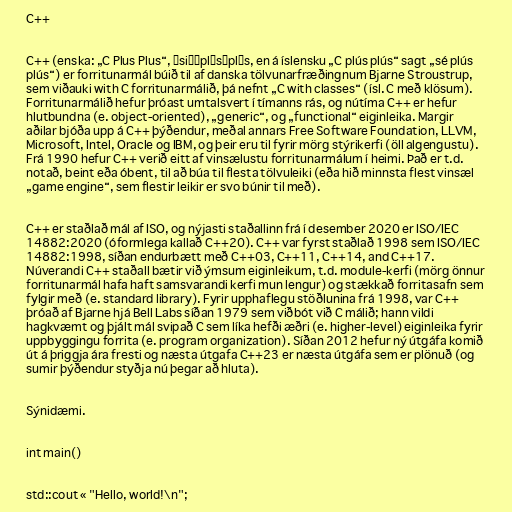
C++

C++ (enska: „C Plus Plus“, ˌsiːˌplʌsˈplʌs, en á íslensku „C plús plús“ sagt „sé plús
plús“) er forritunarmál búið til af danska tölvunarfræðingnum Bjarne Stroustrup,
sem viðauki with C forritunarmálið, þá nefnt „C with classes“ (ísl. C með klösum).
Forritunarmálið hefur þróast umtalsvert í tímanns rás, og nútíma C++ er hefur
hlutbundna (e. object-oriented), „generic“, og „functional“ eiginleika. Margir
aðilar bjóða upp á C++ þýðendur, meðal annars Free Software Foundation, LLVM,
Microsoft, Intel, Oracle og IBM, og þeir eru til fyrir mörg stýrikerfi (öll algengustu).
Frá 1990 hefur C++ verið eitt af vinsælustu forritunarmálum í heimi. Það er t.d.
notað, beint eða óbent, til að búa til flesta tölvuleiki (eða hið minnsta flest vinsæl
„game engine“, sem flestir leikir er svo búnir til með).

C++ er staðlað mál af ISO, og nýjasti staðallinn frá í desember 2020 er ISO/IEC
14882:2020 (óformlega kallað C++20). C++ var fyrst staðlað 1998 sem ISO/IEC
14882:1998, síðan endurbætt með C++03, C++11, C++14, and C++17.
Núverandi C++ staðall bætir við ýmsum eiginleikum, t.d. module-kerfi (mörg önnur
forritunarmál hafa haft samsvarandi kerfi mun lengur) og stækkað forritasafn sem
fylgir með (e. standard library). Fyrir upphaflegu stöðlunina frá 1998, var C++
þróað af Bjarne hjá Bell Labs síðan 1979 sem viðbót við C málið; hann vildi
hagkvæmt og þjált mál svipað C sem líka hefði æðri (e. higher-level) eiginleika fyrir
uppbyggingu forrita (e. program organization). Síðan 2012 hefur ný útgáfa komið
út á þriggja ára fresti og næsta útgafa C++23 er næsta útgáfa sem er plönuð (og
sumir þýðendur styðja nú þegar að hluta).

Sýnidæmi.

int main()

std::cout « "Hello, world!\n";